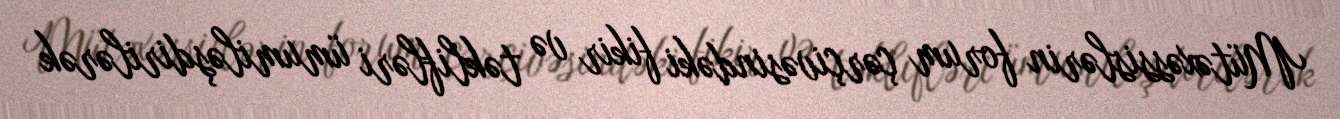
Mütəxəssislərin forum çərçivəsindəki fikir və təklifləri ümumiləşdirilərək